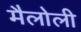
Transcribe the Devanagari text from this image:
मैलोली